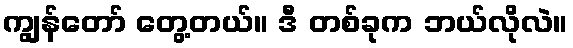
ကျွန်တော် တွေ့တယ်။ ဒီ တစ်ခုက ဘယ်လိုလဲ။